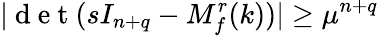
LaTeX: \lvert\mathrm{~d~e~t~}(sI_{n+q}-M_{f}^{r}(k))\rvert\geq\mu^{n+q}